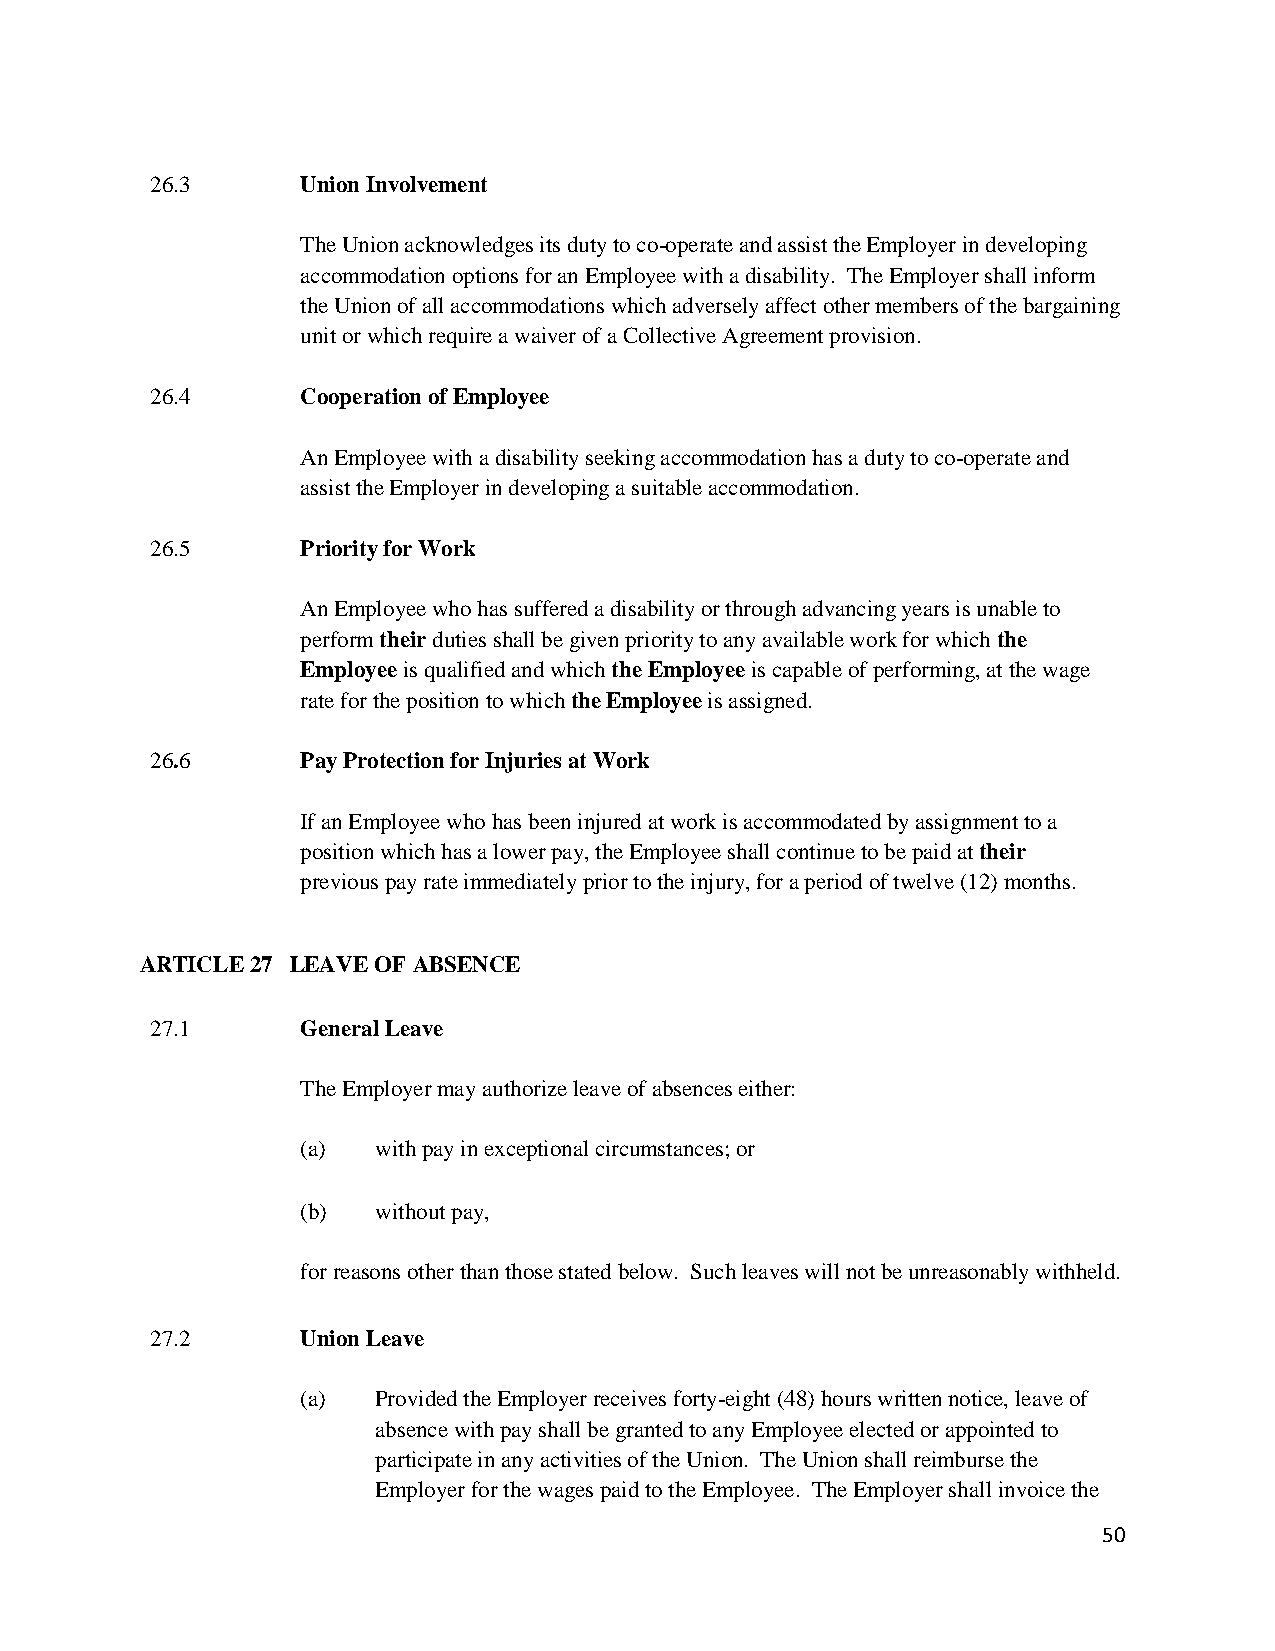
26.3      Union Involvement
 The Union acknowledges its duty to co-operate and assist the Employer in developing
 accommodation options for an Employee with a disability. The Employer shall inform
 the Union of all accommodations which adversely affect other members of the bargaining
 unit or which require a waiver of a Collective Agreement provision.
 26.4      Cooperation of Employee
 An Employee with a disability seeking accommodation has a duty to co-operate and
 assist the Employer in developing a suitable accommodation.
 26.5      Priority for Work
 An Employee who has suffered a disability or through advancing years is unable to
 perform their duties shall be given priority to any available work for which the
 Employee is qualified and which the Employee is capable of performing, at the wage
 rate for the position to which the Employee is assigned.
 26.6      Pay Protection for Injuries at Work
 If an Employee who has been injured at work is accommodated by assignment to a
 position which has a lower pay, the Employee shall continue to be paid at their
 previous pay rate immediately prior to the injury, for a period of twelve (12) months.
 ARTICLE 27 LEAVE OF ABSENCE
 27.1      General Leave
 The Employer may authorize leave of absences either:
 (a)  with pay in exceptional circumstances; or
 (b)  without pay,
 for reasons other than those stated below. Such leaves will not be unreasonably withheld.
 27.2      Union Leave
 (a)  Provided the Employer receives forty-eight (48) hours written notice, leave of
 absence with pay shall be granted to any Employee elected or appointed to
 participate in any activities of the Union. The Union shall reimburse the
 Employer for the wages paid to the Employee. The Employer shall invoice the
 50